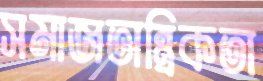
সমাজতান্ত্রিকতা